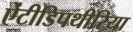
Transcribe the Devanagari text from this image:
ऐंटीडिपथीरिया